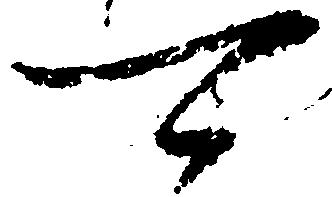
可